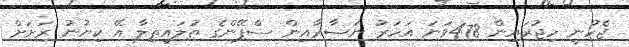
ޖެހުނީ ހިޖުރައިން 478ވަނަ އަހަރު ނަޞާރާއިން ސްޕޭންގެ ޠުލައިޠިލާ އޭ ކިޔުނު ރަށަށް